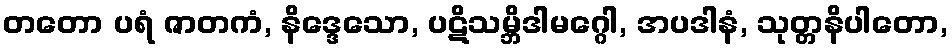
တတော ပရံ ဇာတကံ, နိဒ္ဒေသော, ပဋိသမ္ဘိဒါမဂ္ဂေါ, အပဒါနံ, သုတ္တနိပါတော,